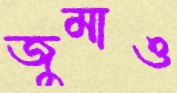
জুমাও